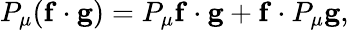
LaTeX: P_{\mu}(\mathbf{f}\cdot\mathbf{g})=P_{\mu}\mathbf{f}\cdot\mathbf{g}+\mathbf{f}\cdot P_{\mu}\mathbf{g},